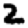
Digit: 2